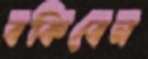
বকিবেন